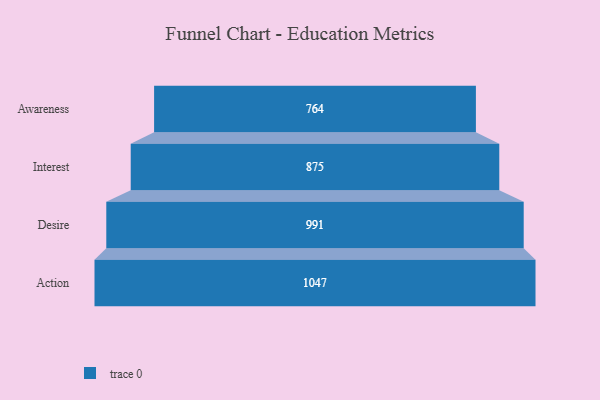
{"axis": {"x": "Stage", "y": "Value"}, "legend": [""], "data": [{"x": "Awareness", "y": 764.0, "type": ""}, {"x": "Interest", "y": 875.0, "type": ""}, {"x": "Desire", "y": 991.0, "type": ""}, {"x": "Action", "y": 1047.0, "type": ""}]}